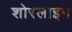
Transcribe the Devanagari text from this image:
शोरलाइन